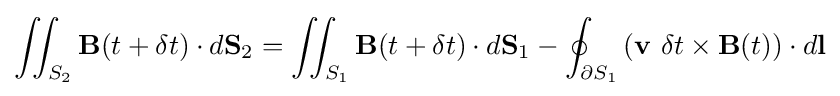
\iint _{S_{2}}\mathbf {B} (t+\delta t)\cdot d\mathbf {S} _{2}=\iint _{S_{1}}\mathbf {B} (t+\delta t)\cdot d\mathbf {S} _{1}-\oint _{\partial S_{1}}\left(\mathbf {v} \ \delta t\times \mathbf {B} (t)\right)\cdot d\mathbf {l}